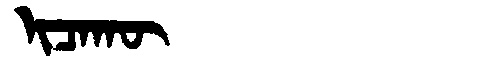
Manchu: ᡳᠴᠠᡴᡡ
Romanization: ICAKŪ